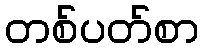
တစ်ပတ်စာ